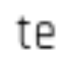
te